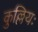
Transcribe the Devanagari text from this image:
कुल्लियः